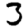
Digit: 3